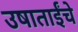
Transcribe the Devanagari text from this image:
उषाताईंचे